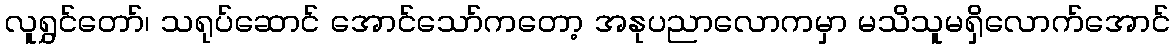
လူရွှင်တော်၊ သရုပ်ဆောင် အောင်သော်ကတော့ အနုပညာလောကမှာ မသိသူမရှိလောက်အောင်